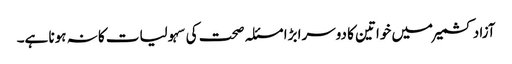
آزاد کشمیر میں خواتین کا دوسرا بڑا مسئلہ صحت کی سہولیات کا نہ ہونا ہے۔